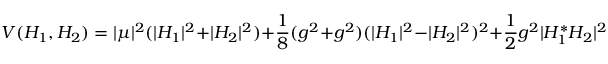
V ( H _ { 1 } , H _ { 2 } ) = | \mu | ^ { 2 } ( | H _ { 1 } | ^ { 2 } + | H _ { 2 } | ^ { 2 } ) + \frac { 1 } { 8 } ( g ^ { 2 } + g ^ { 2 } ) ( | H _ { 1 } | ^ { 2 } - | H _ { 2 } | ^ { 2 } ) ^ { 2 } + \frac { 1 } { 2 } g ^ { 2 } | H _ { 1 } ^ { * } H _ { 2 } | ^ { 2 }